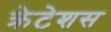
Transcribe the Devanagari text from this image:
क्रेटेशस